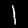
Digit: 1